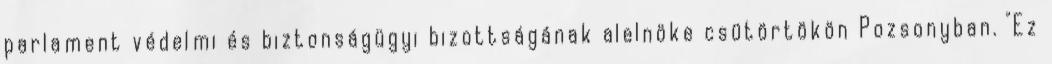
parlament védelmi és biztonságügyi bizottságának alelnöke csütörtökön Pozsonyban. "Ez